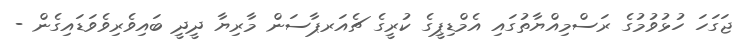
ޖަގަހަ ހުޅުވުމުގެ ރަސްމިއްޔާތުގައި އެމްޑިޕީގެ ކުރީގެ ޗެއަރޕާސަން މާރިޔާ ދީދީ ބައިވެރިވެވަޑައިގެން -